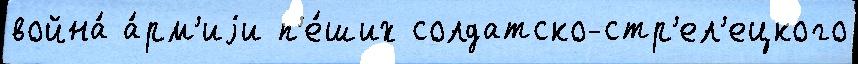
война́ а́рм'иjи п'е́ших солдатско-стр'ел'ецкого